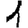
Digit: 1